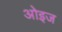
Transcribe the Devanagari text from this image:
ओइज